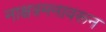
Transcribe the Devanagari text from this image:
नाक्षत्रमनावरून